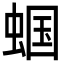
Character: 蝈